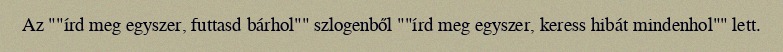
Az ""írd meg egyszer, futtasd bárhol"" szlogenből ""írd meg egyszer, keress hibát mindenhol"" lett.